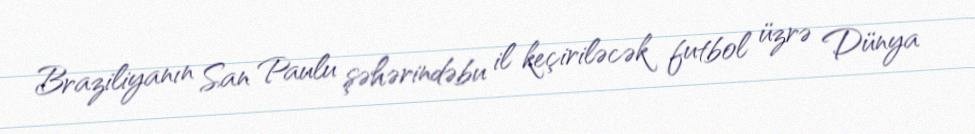
Braziliyanın San Paulu şəhərindəbu il keçiriləcək futbol üzrə Dünya